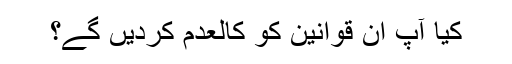
کیا آپ ان قوانین کو کالعدم کردیں گے؟